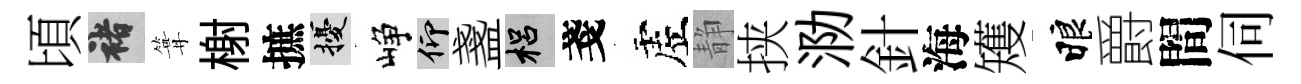
頃褚篝榭摭擾峥仰盞梠戔虗静挟泐針海矱睱爵間伺